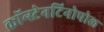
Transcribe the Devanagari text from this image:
कॉन्स्टेनटिनोपोल